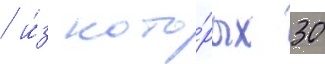
/ и́з кото́рых 30